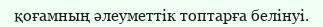
қоғамның әлеуметтік топтарға белінуі.